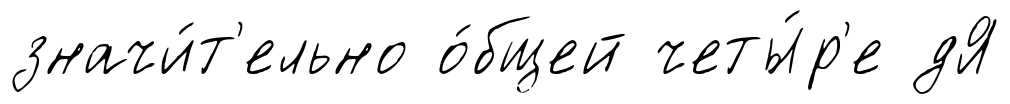
значи́т'ельно о́бщей четы́р'е дЯ